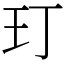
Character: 玎